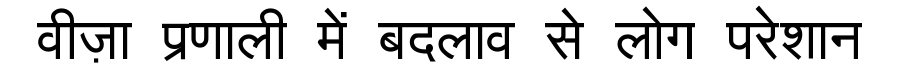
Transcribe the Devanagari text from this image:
वीज़ा प्रणाली में बदलाव से लोग परेशान